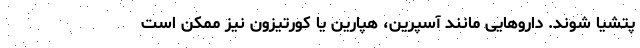
پتشیا شوند. داروهایی مانند آسپرین، هپارین یا کورتیزون نیز ممکن است